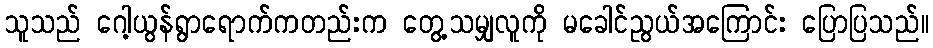
သူသည် ဂေါ့ယွန်ရွာရောက်ကတည်းက တွေ့သမျှလူကို မခေါင်ညွယ်အကြောင်း ပြောပြသည်။